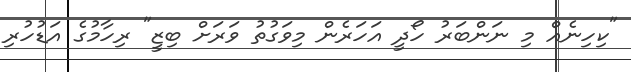
"ކިހިނެއް މި ނަންބަރު ހޯދީ އަހަރެން މިވަގުތު ވަރަށް ބިޒީ" ރިހާމުގެ އަޑުހުރި